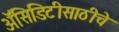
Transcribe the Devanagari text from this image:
अॅसिडिटीसाठीचे